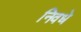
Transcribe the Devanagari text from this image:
निवधे